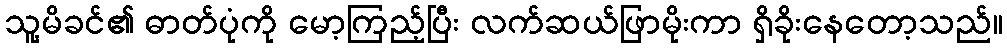
သူ့မိခင်၏ ဓာတ်ပုံကို မော့ကြည့်ပြီး လက်ဆယ်ဖြာမိုးကာ ရှိခိုးနေတော့သည်။